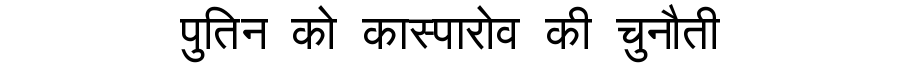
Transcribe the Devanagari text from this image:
पुतिन को कास्पारोव की चुनौती